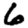
Digit: 6